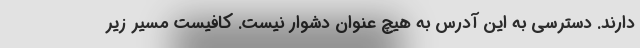
دارند. دسترسی به این آدرس به هیچ عنوان دشوار نیست. کافیست مسیر زیر